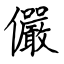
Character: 儼